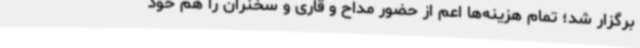
برگزار شد؛ تمام هزینه‌ها اعم از حضور مداح و قاری و سخنران را هم خود